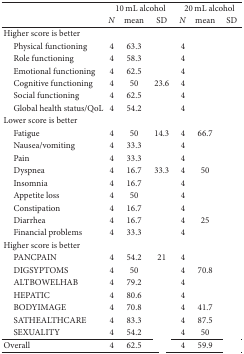
<table><thead><tr><td>[EMPTY_CELL]</td><td colspan="3"><b>10 mL alcohol</b></td><td colspan="3"><b>20 mL alcohol</b></td></tr><tr><td>[EMPTY_CELL]</td><td><b><i>N </i></b></td><td><b>mean </b></td><td><b>SD</b></td><td><b><i>N </i></b></td><td><b>mean </b></td><td><b>SD</b></td></tr></thead><tbody><tr><td>Higher score is better</td><td>[EMPTY_CELL]</td><td>[EMPTY_CELL]</td><td>[EMPTY_CELL]</td><td>[EMPTY_CELL]</td><td>[EMPTY_CELL]</td><td>[EMPTY_CELL]</td></tr><tr><td> Physical functioning</td><td>4</td><td>63.3</td><td>[EMPTY_CELL]</td><td>4</td><td>[EMPTY_CELL]</td><td>[EMPTY_CELL]</td></tr><tr><td> Role functioning</td><td>4</td><td>58.3</td><td>[EMPTY_CELL]</td><td>4</td><td>[EMPTY_CELL]</td><td>[EMPTY_CELL]</td></tr><tr><td> Emotional functioning</td><td>4</td><td>62.5</td><td>[EMPTY_CELL]</td><td>4</td><td>[EMPTY_CELL]</td><td>[EMPTY_CELL]</td></tr><tr><td> Cognitive functioning</td><td>4</td><td>50</td><td>23.6</td><td>4</td><td>[EMPTY_CELL]</td><td>[EMPTY_CELL]</td></tr><tr><td> Social functioning</td><td>4</td><td>62.5</td><td>[EMPTY_CELL]</td><td>4</td><td>[EMPTY_CELL]</td><td>[EMPTY_CELL]</td></tr><tr><td> Global health status/QoL</td><td>4</td><td>54.2</td><td>[EMPTY_CELL]</td><td>4</td><td>[EMPTY_CELL]</td><td>[EMPTY_CELL]</td></tr><tr><td>Lower score is better</td><td>[EMPTY_CELL]</td><td>[EMPTY_CELL]</td><td>[EMPTY_CELL]</td><td>[EMPTY_CELL]</td><td>[EMPTY_CELL]</td><td>[EMPTY_CELL]</td></tr><tr><td> Fatigue</td><td>4</td><td>50</td><td>14.3</td><td>4</td><td>66.7</td><td>[EMPTY_CELL]</td></tr><tr><td> Nausea/vomiting</td><td>4</td><td>33.3</td><td>[EMPTY_CELL]</td><td>4</td><td>[EMPTY_CELL]</td><td>[EMPTY_CELL]</td></tr><tr><td> Pain</td><td>4</td><td>33.3</td><td>[EMPTY_CELL]</td><td>4</td><td>[EMPTY_CELL]</td><td>[EMPTY_CELL]</td></tr><tr><td> Dyspnea</td><td>4</td><td>16.7</td><td>33.3</td><td>4</td><td>50</td><td>[EMPTY_CELL]</td></tr><tr><td> Insomnia</td><td>4</td><td>16.7</td><td>[EMPTY_CELL]</td><td>4</td><td>[EMPTY_CELL]</td><td>[EMPTY_CELL]</td></tr><tr><td> Appetite loss</td><td>4</td><td>50</td><td>[EMPTY_CELL]</td><td>4</td><td>[EMPTY_CELL]</td><td>[EMPTY_CELL]</td></tr><tr><td> Constipation</td><td>4</td><td>16.7</td><td>[EMPTY_CELL]</td><td>4</td><td>[EMPTY_CELL]</td><td>[EMPTY_CELL]</td></tr><tr><td> Diarrhea</td><td>4</td><td>16.7</td><td>[EMPTY_CELL]</td><td>4</td><td>25</td><td>[EMPTY_CELL]</td></tr><tr><td> Financial problems</td><td>4</td><td>33.3</td><td>[EMPTY_CELL]</td><td>4</td><td>[EMPTY_CELL]</td><td>[EMPTY_CELL]</td></tr><tr><td>Higher score is better</td><td>[EMPTY_CELL]</td><td>[EMPTY_CELL]</td><td>[EMPTY_CELL]</td><td>[EMPTY_CELL]</td><td>[EMPTY_CELL]</td><td>[EMPTY_CELL]</td></tr><tr><td> PANCPAIN</td><td>4</td><td>54.2</td><td>21</td><td>4</td><td>[EMPTY_CELL]</td><td>[EMPTY_CELL]</td></tr><tr><td> DIGSYPTOMS</td><td>4</td><td>50</td><td>[EMPTY_CELL]</td><td>4</td><td>70.8</td><td>[EMPTY_CELL]</td></tr><tr><td> ALTBOWELHAB</td><td>4</td><td>79.2</td><td>[EMPTY_CELL]</td><td>4</td><td>[EMPTY_CELL]</td><td>[EMPTY_CELL]</td></tr><tr><td> HEPATIC</td><td>4</td><td>80.6</td><td>[EMPTY_CELL]</td><td>4</td><td>[EMPTY_CELL]</td><td>[EMPTY_CELL]</td></tr><tr><td> BODYIMAGE</td><td>4</td><td>70.8</td><td>[EMPTY_CELL]</td><td>4</td><td>41.7</td><td>[EMPTY_CELL]</td></tr><tr><td> SATHEALTHCARE</td><td>4</td><td>83.3</td><td>[EMPTY_CELL]</td><td>4</td><td>87.5</td><td>[EMPTY_CELL]</td></tr><tr><td> SEXUALITY</td><td>4</td><td>54.2</td><td>[EMPTY_CELL]</td><td>4</td><td>50</td><td>[EMPTY_CELL]</td></tr><tr><td>Overall</td><td>4</td><td>62.5</td><td>[EMPTY_CELL]</td><td>4</td><td>59.9</td><td>[EMPTY_CELL]</td></tr></tbody></table>